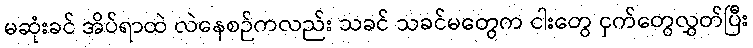
မဆုံးခင် အိပ်ရာထဲ လဲနေစဉ်ကလည်း သခင် သခင်မတွေက ငါးတွေ ငှက်တွေလွှတ်ပြီး